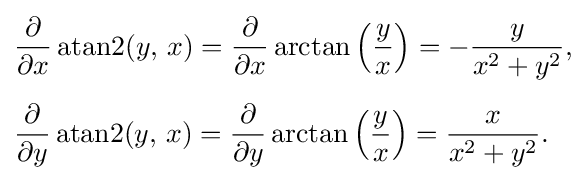
{\begin{aligned}&{\frac {\partial }{\partial x}}\operatorname {atan2} (y,\,x)={\frac {\partial }{\partial x}}\arctan \left({\frac {y}{x}}\right)=-{\frac {y}{x^{2}+y^{2}}},\\[5pt]&{\frac {\partial }{\partial y}}\operatorname {atan2} (y,\,x)={\frac {\partial }{\partial y}}\arctan \left({\frac {y}{x}}\right)={\frac {x}{x^{2}+y^{2}}}.\end{aligned}}